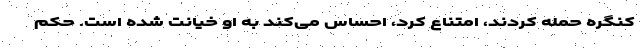
کنگره حمله کردند، امتناع کرد، احساس می‌کند به او خیانت شده است. حکم